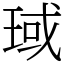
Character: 琙